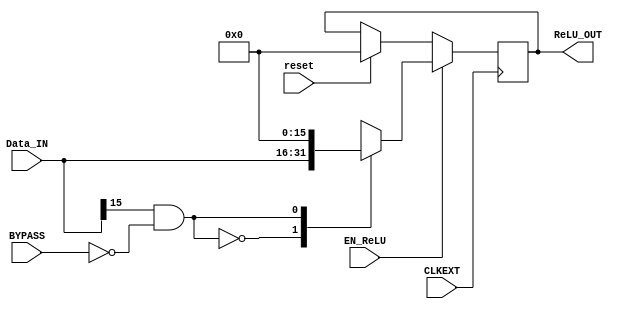
module ReLU
(
	input [15:0] Data_IN,
	input CLKEXT, 
	input reset,				//reset the output of ReLU to 0 (controlled by RST_GLO)
	input BYPASS,				//ReLU function will be bypassed if 1 (output will replicate any input)
	input EN_ReLU,
	output reg [15:0] ReLU_OUT
);


always @ (posedge CLKEXT)
	begin
		if (reset) ReLU_OUT<=0;

		if (EN_ReLU)begin

		case(Data_IN[15] & (!BYPASS))
			1'b0: ReLU_OUT <= Data_IN;
			1'b1: ReLU_OUT <= 16'b0;
		endcase

		end
	end

endmodule